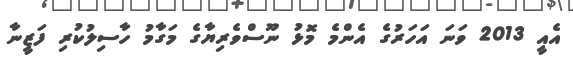
އެއީ 2013 ވަނަ އަހަރުގެ އެންމެ މޮޅު ނޫސްވެރިޔާގެ މަގާމު ހާސިލުކުރި ފަޒީނާ